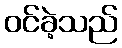
ဝင်ခဲ့သည်